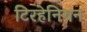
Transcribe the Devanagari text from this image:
टिरहेनियन